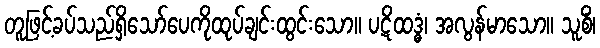
တူဖြင့်ခပ်သည်ရှိသော်ပေကိုထုပ်ချင်းထွင်းသော။ ပဋိထဒ္ဓံ၊ အလွန်မာသော။ သူစိံ၊